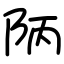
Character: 陃